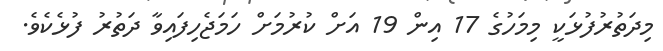
މިދަތުރުފުޅަކީ މިމަހުގެ 17 އިން 19 އަށް ކުރުމަށް ހަމަޖެހިފައިވާ ދަތުރު ފުޅެކެވެ.